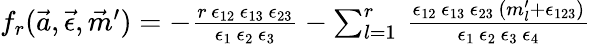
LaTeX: \begin{array}{r}{f_{r}(\vec{a},\vec{\epsilon},\vec{m}^{\prime})=-\frac{r\, \epsilon_{12}\, \epsilon_{13}\, \epsilon_{23}}{\epsilon_{1}\, \epsilon_{2}\, \epsilon_{3}}-\sum_{l=1}^{r}\, \frac{\epsilon_{12}\, \epsilon_{13}\, \epsilon_{23}\, (m_{l}^{\prime}+\epsilon_{123})}{\epsilon_{1}\, \epsilon_{2}\, \epsilon_{3}\, \epsilon_{4}}}\end{array}